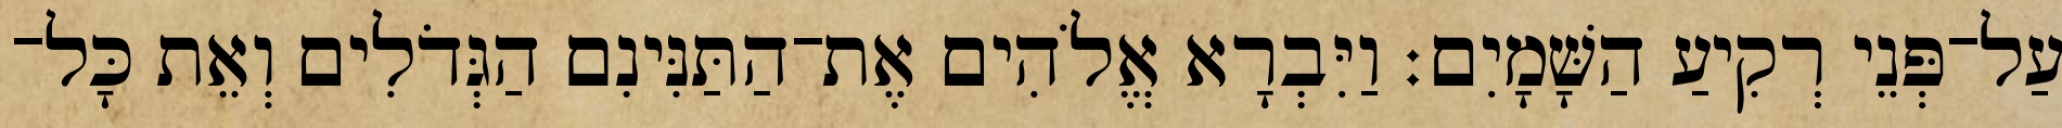
עַל־פְּנֵי רְקִיעַ הַשָּׁמָיִם׃ וַיִּבְרָא אֱלֹהִים אֶת־הַתַּנִּינִם הַגְּדֹלִים וְאֵת כָּל־